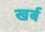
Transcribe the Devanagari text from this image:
खर्ब